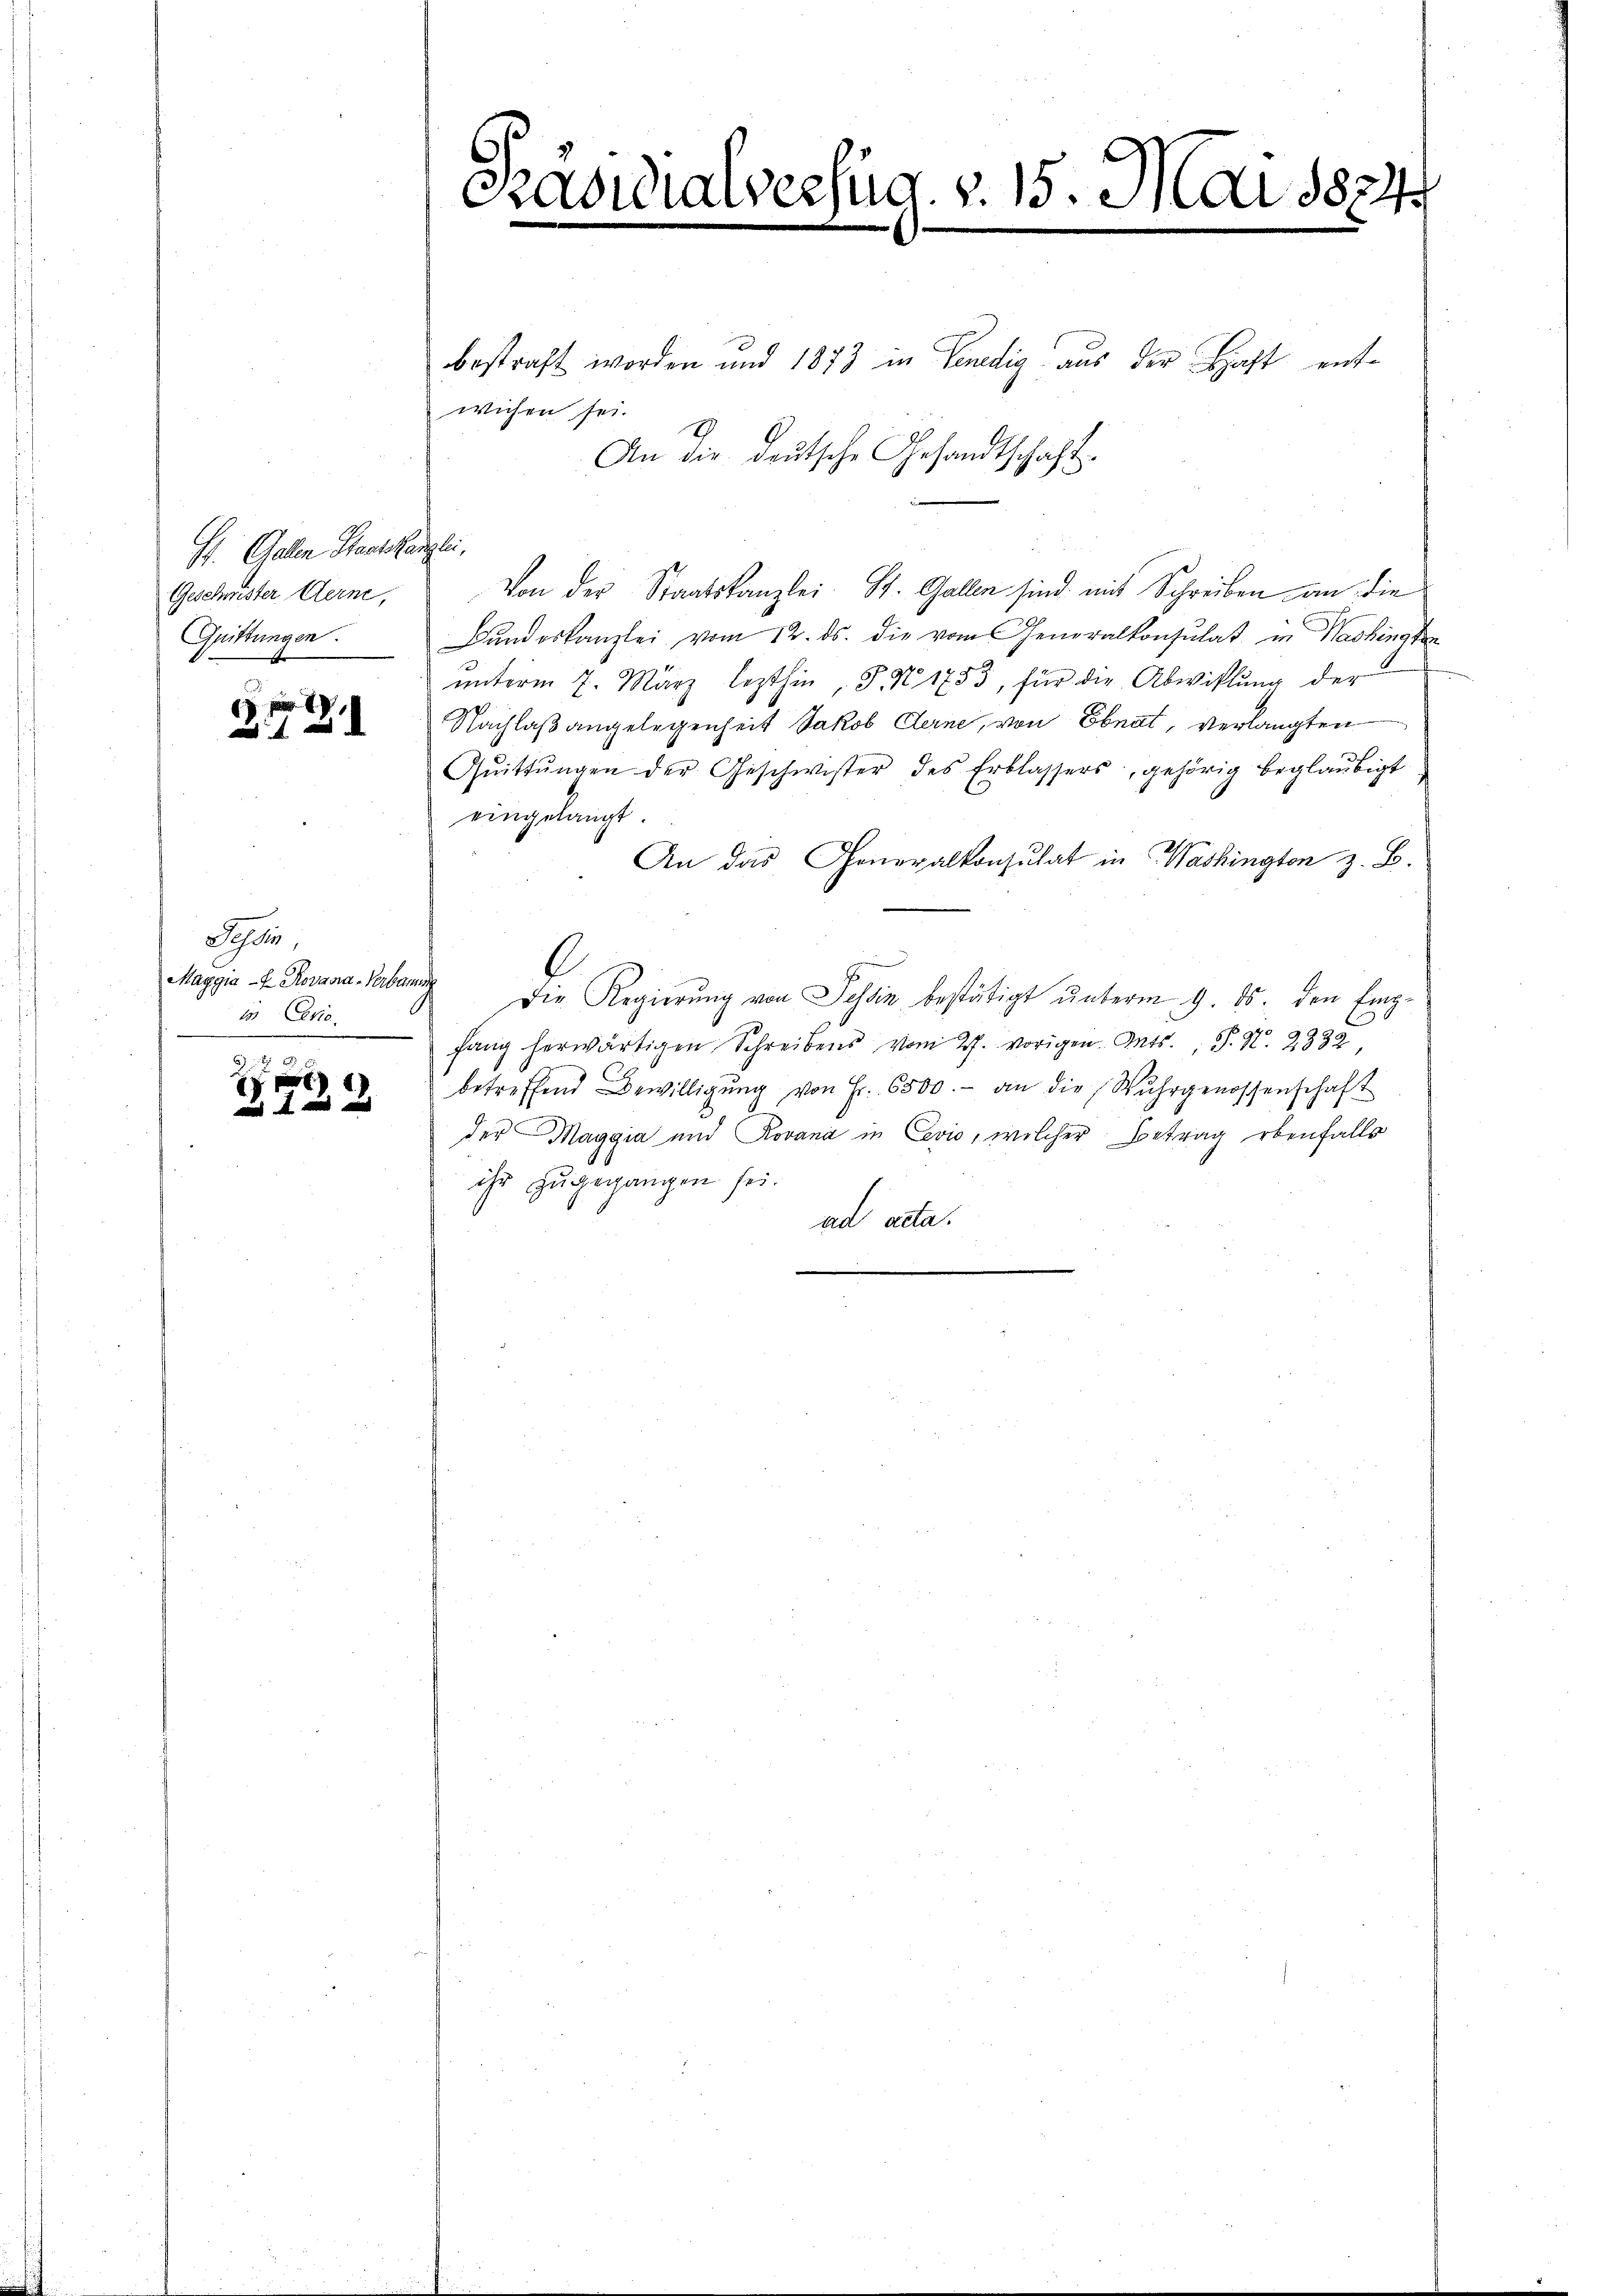
St. Gallen Staatskanzlei.
Geschwister Gerne,
Quittungen.

G1798.

Sohlen,
1 Okto

f 0 x

Präsidialverfüg. v. 15. Mai 1824

bestraft worden und 1873 in Venedig aus der Bacht entwichen sei.
An die deutsche Gesandtschaft.
Von der Staatskanzlei. St. Gallen sind mit Schreiben an die
Bŭndeskanzlei vom 12. ds. die vom Generalkonsulat in Washingten
unterm 7. März lezthin, P. N 1753, für die Abwicklung der
Nachlaßangelegenheit Jakob Clerne, von Ebnat, verlangten
Qŭittŭngen der Geschwister des Erblassers, gehörig beglaubigt
eingelangt.
An das Generalkonsulat in Washington z. B.
Maggia u. Rosa Weberg. Die Regierung von Tessin bestätigt unterm 9. 15. den Empfang herwärtigen Schreibens vom 27. vorigen Orts. S. N. 2832,
betreffend Bewilligŭng von Fr. 6500.- an die Wuhrgenossenschaft
der Maggia und Rovana in Cevio, welcher Betrag ebenfalls
ihr zugegangen sei.
ad acta.
.